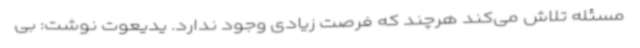
مسئله تلاش می‌کند هرچند که فرصت زیادی وجود ندارد. یدیعوت نوشت: بی